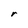
Character: r